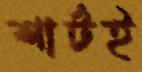
শার্টই